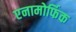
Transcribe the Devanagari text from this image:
एनामोर्फिक